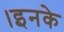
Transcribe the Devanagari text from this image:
।इनके